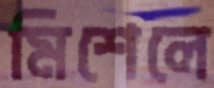
মিশেলে